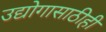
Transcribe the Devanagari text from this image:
उद्योगासाठीही